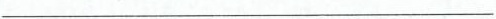
___